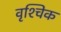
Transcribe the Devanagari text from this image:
वृश्‍चिक